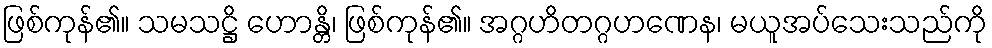
ဖြစ်ကုန်၏။ သမသဋ္ဌိ ဟောန္တိ၊ ဖြစ်ကုန်၏။ အဂ္ဂဟိတဂ္ဂဟဏေန၊ မယူအပ်သေးသည်ကို